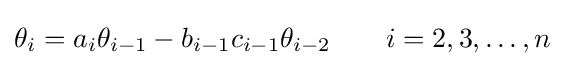
\theta _{i}=a_{i}\theta _{i-1}-b_{i-1}c_{i-1}\theta _{i-2}\qquad i=2,3,\ldots ,n